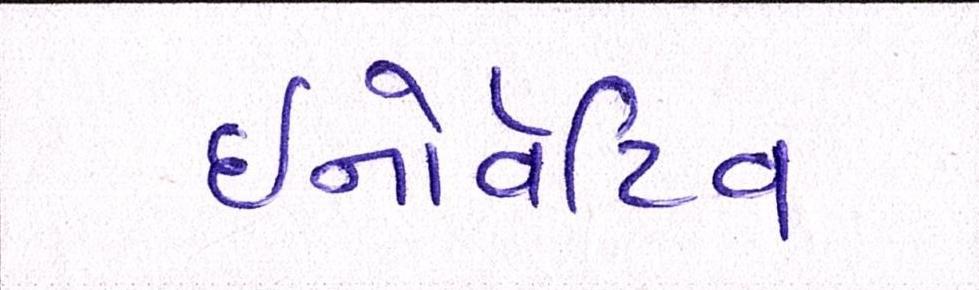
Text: ઇનોવેટિવ